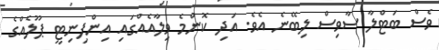
ވެސް ބަޓްލާ ސާވިސް ލިބޭނެ އެވެ. އަދި ކޮންމެ ވިލާއެއްގައި އިންފިނިޓީ ޕޫލެއްގެ